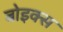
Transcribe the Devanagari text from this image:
बोइक्स